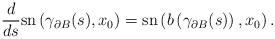
LaTeX: \begin{align*} \frac{d}{ds}\mathrm{sn}\left(\gamma_{\partial B}(s),x_0\right) = \mathrm{sn}\left(b\left(\gamma_{\partial B}(s)\right),x_0\right).\end{align*}